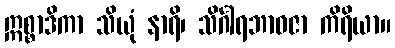
ဣစ္စာဒိကာ သိယုံ နာရိ၊ သိင်္ဂါရဘာဝဇာ ကိရိယာ။